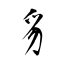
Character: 豸